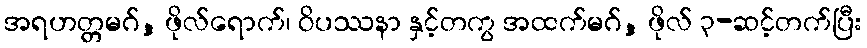
အရဟတ္တမဂ်, ဖိုလ်ရောက်၊ ဝိပဿနာ နှင့်တကွ အထက်မဂ်, ဖိုလ် ၃-ဆင့်တက်ပြီး